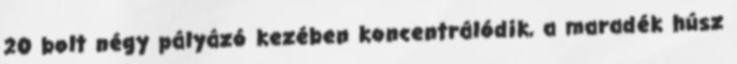
20 bolt négy pályázó kezében koncentrálódik, a maradék húsz